Problem: 10 + 49 = ?
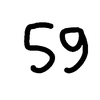
Handwritten answer: 59